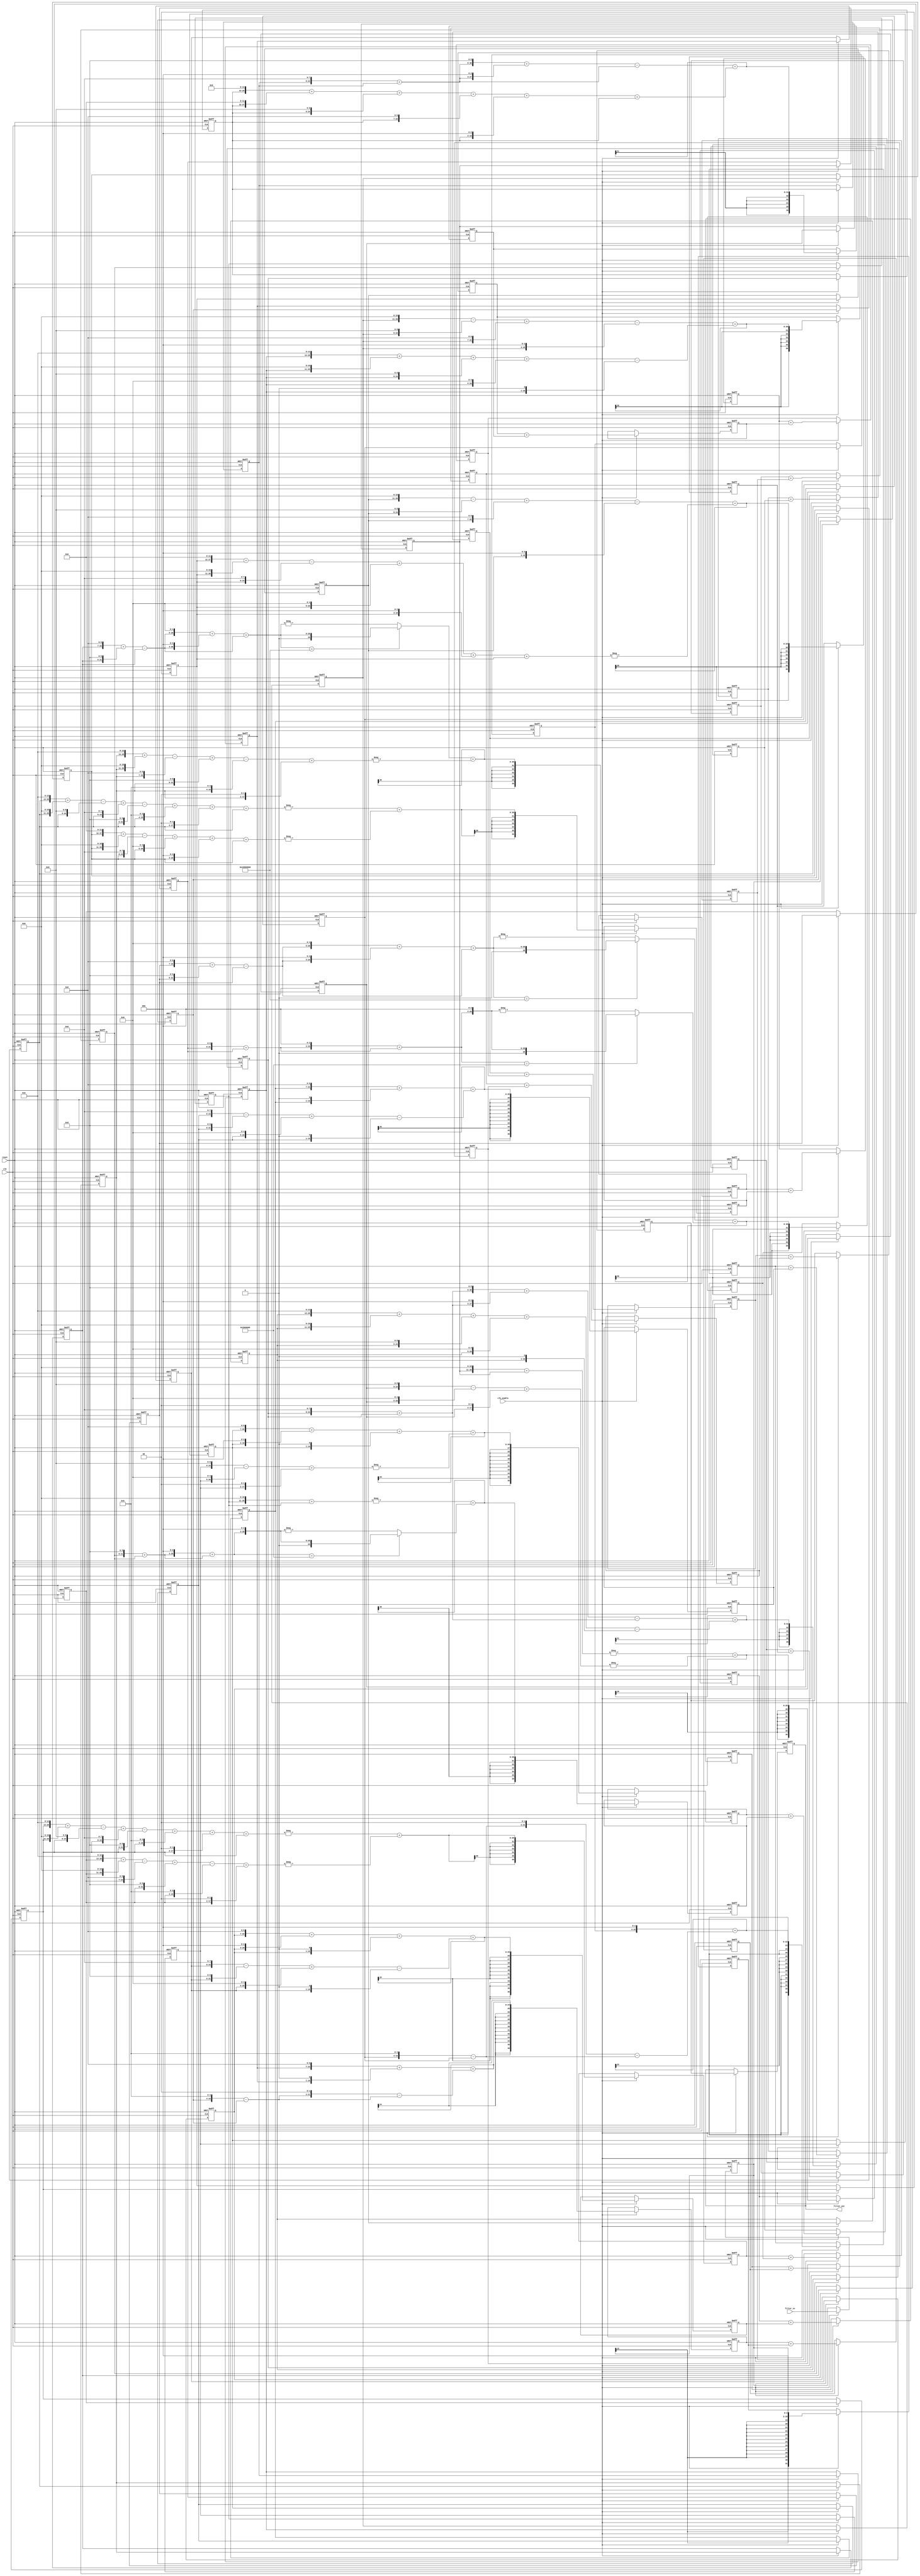
// -------------------------------------------------------------
//
// Module: fir_30_16b_fcsd
// Generated by MATLAB(R) 9.12 and Filter Design HDL Coder 3.1.11.
// Generated on: 2023-06-22 12:05:57
// -------------------------------------------------------------

// -------------------------------------------------------------
// HDL Code Generation Options:
//
// CoeffMultipliers: Factored-CSD
// FIRAdderStyle: tree
// OptimizeForHDL: on
// TargetDirectory: W:\Nikos\UTh\ \Project\FIR_30_Order\factored_csd\16b_fixed_point
// AddPipelineRegisters: on
// Name: fir_30_16b_fcsd
// InputDataType: numerictype(1,16,0)
// TargetLanguage: Verilog
// TestBenchName: fir_30_16b_fcsd_tb
// TestBenchStimulus: impulse step ramp chirp noise 

// Filter Specifications:
//
// Sample Rate     : 46 kHz
// Response        : Lowpass
// Specification   : N,Fp,Fst,Ap
// Stopband Edge   : 9.6 kHz
// Filter Order    : 30
// Passband Edge   : 8 kHz
// Passband Ripple : 60 dB
// -------------------------------------------------------------

// -------------------------------------------------------------
// HDL Implementation    : Fully parallel
// Folding Factor        : 1
// -------------------------------------------------------------
// Filter Settings:
//
// Discrete-Time FIR Filter (real)
// -------------------------------
// Filter Structure  : Direct-Form FIR
// Filter Length     : 31
// Stable            : Yes
// Linear Phase      : Yes (Type 1)
// Arithmetic        : fixed
// Numerator         : s16,16 -> [-5.000000e-01 5.000000e-01)
// -------------------------------------------------------------




`timescale 1 ns / 1 ns

module fir_30_16b_fcsd
               (
                clk,
                clk_enable,
                reset,
                filter_in,
                filter_out
                );

  input   clk; 
  input   clk_enable; 
  input   reset; 
  input   signed [15:0] filter_in; //sfix16
  output  signed [36:0] filter_out; //sfix37_En16

////////////////////////////////////////////////////////////////
//Module Architecture: fir_30_16b_fcsd
////////////////////////////////////////////////////////////////
  // Local Functions
  // Type Definitions
  // Constants
  parameter signed [15:0] coeff1 = 16'b0000000000001000; //sfix16_En16
  parameter signed [15:0] coeff2 = 16'b0000000000101101; //sfix16_En16
  parameter signed [15:0] coeff3 = 16'b0000000010000010; //sfix16_En16
  parameter signed [15:0] coeff4 = 16'b0000000011011110; //sfix16_En16
  parameter signed [15:0] coeff5 = 16'b0000000010001010; //sfix16_En16
  parameter signed [15:0] coeff6 = 16'b1111111000011100; //sfix16_En16
  parameter signed [15:0] coeff7 = 16'b1111011111111111; //sfix16_En16
  parameter signed [15:0] coeff8 = 16'b1110110110111000; //sfix16_En16
  parameter signed [15:0] coeff9 = 16'b1110000101101001; //sfix16_En16
  parameter signed [15:0] coeff10 = 16'b1101100001001100; //sfix16_En16
  parameter signed [15:0] coeff11 = 16'b1101100100101011; //sfix16_En16
  parameter signed [15:0] coeff12 = 16'b1110100011010111; //sfix16_En16
  parameter signed [15:0] coeff13 = 16'b0000011001111000; //sfix16_En16
  parameter signed [15:0] coeff14 = 16'b0010101000011110; //sfix16_En16
  parameter signed [15:0] coeff15 = 16'b0100011101000111; //sfix16_En16
  parameter signed [15:0] coeff16 = 16'b0101001010001001; //sfix16_En16
  parameter signed [15:0] coeff17 = 16'b0100011101000111; //sfix16_En16
  parameter signed [15:0] coeff18 = 16'b0010101000011110; //sfix16_En16
  parameter signed [15:0] coeff19 = 16'b0000011001111000; //sfix16_En16
  parameter signed [15:0] coeff20 = 16'b1110100011010111; //sfix16_En16
  parameter signed [15:0] coeff21 = 16'b1101100100101011; //sfix16_En16
  parameter signed [15:0] coeff22 = 16'b1101100001001100; //sfix16_En16
  parameter signed [15:0] coeff23 = 16'b1110000101101001; //sfix16_En16
  parameter signed [15:0] coeff24 = 16'b1110110110111000; //sfix16_En16
  parameter signed [15:0] coeff25 = 16'b1111011111111111; //sfix16_En16
  parameter signed [15:0] coeff26 = 16'b1111111000011100; //sfix16_En16
  parameter signed [15:0] coeff27 = 16'b0000000010001010; //sfix16_En16
  parameter signed [15:0] coeff28 = 16'b0000000011011110; //sfix16_En16
  parameter signed [15:0] coeff29 = 16'b0000000010000010; //sfix16_En16
  parameter signed [15:0] coeff30 = 16'b0000000000101101; //sfix16_En16
  parameter signed [15:0] coeff31 = 16'b0000000000001000; //sfix16_En16

  // Signals
  reg  signed [15:0] delay_pipeline [0:30] ; // sfix16
  wire signed [31:0] product31; // sfix32_En16
  wire signed [31:0] product30; // sfix32_En16
  wire signed [19:0] factoredcsd_temp; // sfix20_En4
  wire signed [20:0] mulcsd_temp; // sfix21_En4
  wire signed [21:0] factoredcsd_temp_1; // sfix22_En6
  wire signed [22:0] mulcsd_temp_1; // sfix23_En6
  wire signed [21:0] factoredcsd_temp_2; // sfix22_En16
  wire signed [31:0] product29; // sfix32_En16
  wire signed [23:0] mulcsd_temp_2; // sfix24_En16
  wire signed [31:0] product28; // sfix32_En16
  wire signed [24:0] mulcsd_temp_3; // sfix25_En16
  wire signed [31:0] product27; // sfix32_En16
  wire signed [23:0] mulcsd_temp_4; // sfix24_En16
  wire signed [31:0] product26; // sfix32_En16
  wire signed [25:0] mulcsd_temp_5; // sfix26_En16
  wire signed [31:0] product25; // sfix32_En16
  wire signed [27:0] mulcsd_temp_6; // sfix28_En16
  wire signed [31:0] product24; // sfix32_En16
  wire signed [22:0] factoredcsd_temp_3; // sfix23_En7
  wire signed [22:0] mulcsd_temp_7; // sfix23_En7
  wire signed [26:0] factoredcsd_temp_4; // sfix27_En11
  wire signed [26:0] mulcsd_temp_8; // sfix27_En11
  wire signed [28:0] factoredcsd_temp_5; // sfix29_En16
  wire signed [29:0] unaryminus_temp; // sfix30_En16
  wire signed [31:0] product23; // sfix32_En16
  wire signed [23:0] factoredcsd_temp_6; // sfix24_En8
  wire signed [23:0] mulcsd_temp_9; // sfix24_En8
  wire signed [28:0] factoredcsd_temp_7; // sfix29_En14
  wire signed [29:0] mulcsd_temp_10; // sfix30_En14
  wire signed [28:0] factoredcsd_temp_8; // sfix29_En16
  wire signed [29:0] unaryminus_temp_1; // sfix30_En16
  wire signed [31:0] product22; // sfix32_En16
  wire signed [29:0] mulcsd_temp_11; // sfix30_En16
  wire signed [31:0] product21; // sfix32_En16
  wire signed [29:0] mulcsd_temp_12; // sfix30_En16
  wire signed [31:0] product20; // sfix32_En16
  wire signed [28:0] mulcsd_temp_13; // sfix29_En16
  wire signed [31:0] product19; // sfix32_En16
  wire signed [27:0] mulcsd_temp_14; // sfix28_En16
  wire signed [31:0] product18; // sfix32_En16
  wire signed [29:0] mulcsd_temp_15; // sfix30_En16
  wire signed [31:0] product17; // sfix32_En16
  wire signed [24:0] factoredcsd_temp_9; // sfix25_En9
  wire signed [24:0] mulcsd_temp_16; // sfix25_En9
  wire signed [30:0] factoredcsd_temp_10; // sfix31_En16
  wire signed [31:0] mulcsd_temp_17; // sfix32_En16
  wire signed [30:0] factoredcsd_temp_11; // sfix31_En16
  wire signed [31:0] product16; // sfix32_En16
  wire signed [30:0] mulcsd_temp_18; // sfix31_En16
  wire signed [31:0] product15; // sfix32_En16
  wire signed [24:0] factoredcsd_temp_12; // sfix25_En9
  wire signed [24:0] mulcsd_temp_19; // sfix25_En9
  wire signed [30:0] factoredcsd_temp_13; // sfix31_En16
  wire signed [31:0] mulcsd_temp_20; // sfix32_En16
  wire signed [30:0] factoredcsd_temp_14; // sfix31_En16
  wire signed [31:0] product14; // sfix32_En16
  wire signed [29:0] mulcsd_temp_21; // sfix30_En16
  wire signed [31:0] product13; // sfix32_En16
  wire signed [27:0] mulcsd_temp_22; // sfix28_En16
  wire signed [31:0] product12; // sfix32_En16
  wire signed [28:0] mulcsd_temp_23; // sfix29_En16
  wire signed [31:0] product11; // sfix32_En16
  wire signed [29:0] mulcsd_temp_24; // sfix30_En16
  wire signed [31:0] product10; // sfix32_En16
  wire signed [29:0] mulcsd_temp_25; // sfix30_En16
  wire signed [31:0] product9; // sfix32_En16
  wire signed [23:0] factoredcsd_temp_15; // sfix24_En8
  wire signed [23:0] mulcsd_temp_26; // sfix24_En8
  wire signed [28:0] factoredcsd_temp_16; // sfix29_En14
  wire signed [29:0] mulcsd_temp_27; // sfix30_En14
  wire signed [28:0] factoredcsd_temp_17; // sfix29_En16
  wire signed [29:0] unaryminus_temp_2; // sfix30_En16
  wire signed [31:0] product8; // sfix32_En16
  wire signed [22:0] factoredcsd_temp_18; // sfix23_En7
  wire signed [22:0] mulcsd_temp_28; // sfix23_En7
  wire signed [26:0] factoredcsd_temp_19; // sfix27_En11
  wire signed [26:0] mulcsd_temp_29; // sfix27_En11
  wire signed [28:0] factoredcsd_temp_20; // sfix29_En16
  wire signed [29:0] unaryminus_temp_3; // sfix30_En16
  wire signed [31:0] product7; // sfix32_En16
  wire signed [27:0] mulcsd_temp_30; // sfix28_En16
  wire signed [31:0] product6; // sfix32_En16
  wire signed [25:0] mulcsd_temp_31; // sfix26_En16
  wire signed [31:0] product5; // sfix32_En16
  wire signed [23:0] mulcsd_temp_32; // sfix24_En16
  wire signed [31:0] product4; // sfix32_En16
  wire signed [24:0] mulcsd_temp_33; // sfix25_En16
  wire signed [31:0] product3; // sfix32_En16
  wire signed [23:0] mulcsd_temp_34; // sfix24_En16
  wire signed [31:0] product2; // sfix32_En16
  wire signed [19:0] factoredcsd_temp_21; // sfix20_En4
  wire signed [20:0] mulcsd_temp_35; // sfix21_En4
  wire signed [21:0] factoredcsd_temp_22; // sfix22_En6
  wire signed [22:0] mulcsd_temp_36; // sfix23_En6
  wire signed [21:0] factoredcsd_temp_23; // sfix22_En16
  wire signed [31:0] product1; // sfix32_En16
  wire signed [36:0] sum_final; // sfix37_En16
  wire signed [36:0] sum1_1; // sfix37_En16
  wire signed [31:0] add_signext; // sfix32_En16
  wire signed [31:0] add_signext_1; // sfix32_En16
  wire signed [32:0] add_temp; // sfix33_En16
  reg  signed [36:0] sumpipe1_1; // sfix37_En16
  wire signed [36:0] sum1_2; // sfix37_En16
  wire signed [31:0] add_signext_2; // sfix32_En16
  wire signed [31:0] add_signext_3; // sfix32_En16
  wire signed [32:0] add_temp_1; // sfix33_En16
  reg  signed [36:0] sumpipe1_2; // sfix37_En16
  wire signed [36:0] sum1_3; // sfix37_En16
  wire signed [31:0] add_signext_4; // sfix32_En16
  wire signed [31:0] add_signext_5; // sfix32_En16
  wire signed [32:0] add_temp_2; // sfix33_En16
  reg  signed [36:0] sumpipe1_3; // sfix37_En16
  wire signed [36:0] sum1_4; // sfix37_En16
  wire signed [31:0] add_signext_6; // sfix32_En16
  wire signed [31:0] add_signext_7; // sfix32_En16
  wire signed [32:0] add_temp_3; // sfix33_En16
  reg  signed [36:0] sumpipe1_4; // sfix37_En16
  wire signed [36:0] sum1_5; // sfix37_En16
  wire signed [31:0] add_signext_8; // sfix32_En16
  wire signed [31:0] add_signext_9; // sfix32_En16
  wire signed [32:0] add_temp_4; // sfix33_En16
  reg  signed [36:0] sumpipe1_5; // sfix37_En16
  wire signed [36:0] sum1_6; // sfix37_En16
  wire signed [31:0] add_signext_10; // sfix32_En16
  wire signed [31:0] add_signext_11; // sfix32_En16
  wire signed [32:0] add_temp_5; // sfix33_En16
  reg  signed [36:0] sumpipe1_6; // sfix37_En16
  wire signed [36:0] sum1_7; // sfix37_En16
  wire signed [31:0] add_signext_12; // sfix32_En16
  wire signed [31:0] add_signext_13; // sfix32_En16
  wire signed [32:0] add_temp_6; // sfix33_En16
  reg  signed [36:0] sumpipe1_7; // sfix37_En16
  wire signed [36:0] sum1_8; // sfix37_En16
  wire signed [31:0] add_signext_14; // sfix32_En16
  wire signed [31:0] add_signext_15; // sfix32_En16
  wire signed [32:0] add_temp_7; // sfix33_En16
  reg  signed [36:0] sumpipe1_8; // sfix37_En16
  wire signed [36:0] sum1_9; // sfix37_En16
  wire signed [31:0] add_signext_16; // sfix32_En16
  wire signed [31:0] add_signext_17; // sfix32_En16
  wire signed [32:0] add_temp_8; // sfix33_En16
  reg  signed [36:0] sumpipe1_9; // sfix37_En16
  wire signed [36:0] sum1_10; // sfix37_En16
  wire signed [31:0] add_signext_18; // sfix32_En16
  wire signed [31:0] add_signext_19; // sfix32_En16
  wire signed [32:0] add_temp_9; // sfix33_En16
  reg  signed [36:0] sumpipe1_10; // sfix37_En16
  wire signed [36:0] sum1_11; // sfix37_En16
  wire signed [31:0] add_signext_20; // sfix32_En16
  wire signed [31:0] add_signext_21; // sfix32_En16
  wire signed [32:0] add_temp_10; // sfix33_En16
  reg  signed [36:0] sumpipe1_11; // sfix37_En16
  wire signed [36:0] sum1_12; // sfix37_En16
  wire signed [31:0] add_signext_22; // sfix32_En16
  wire signed [31:0] add_signext_23; // sfix32_En16
  wire signed [32:0] add_temp_11; // sfix33_En16
  reg  signed [36:0] sumpipe1_12; // sfix37_En16
  wire signed [36:0] sum1_13; // sfix37_En16
  wire signed [31:0] add_signext_24; // sfix32_En16
  wire signed [31:0] add_signext_25; // sfix32_En16
  wire signed [32:0] add_temp_12; // sfix33_En16
  reg  signed [36:0] sumpipe1_13; // sfix37_En16
  wire signed [36:0] sum1_14; // sfix37_En16
  wire signed [31:0] add_signext_26; // sfix32_En16
  wire signed [31:0] add_signext_27; // sfix32_En16
  wire signed [32:0] add_temp_13; // sfix33_En16
  reg  signed [36:0] sumpipe1_14; // sfix37_En16
  wire signed [36:0] sum1_15; // sfix37_En16
  wire signed [31:0] add_signext_28; // sfix32_En16
  wire signed [31:0] add_signext_29; // sfix32_En16
  wire signed [32:0] add_temp_14; // sfix33_En16
  reg  signed [36:0] sumpipe1_15; // sfix37_En16
  reg  signed [31:0] sumpipe1_16; // sfix32_En16
  wire signed [36:0] sum2_1; // sfix37_En16
  wire signed [36:0] add_signext_30; // sfix37_En16
  wire signed [36:0] add_signext_31; // sfix37_En16
  wire signed [37:0] add_temp_15; // sfix38_En16
  reg  signed [36:0] sumpipe2_1; // sfix37_En16
  wire signed [36:0] sum2_2; // sfix37_En16
  wire signed [36:0] add_signext_32; // sfix37_En16
  wire signed [36:0] add_signext_33; // sfix37_En16
  wire signed [37:0] add_temp_16; // sfix38_En16
  reg  signed [36:0] sumpipe2_2; // sfix37_En16
  wire signed [36:0] sum2_3; // sfix37_En16
  wire signed [36:0] add_signext_34; // sfix37_En16
  wire signed [36:0] add_signext_35; // sfix37_En16
  wire signed [37:0] add_temp_17; // sfix38_En16
  reg  signed [36:0] sumpipe2_3; // sfix37_En16
  wire signed [36:0] sum2_4; // sfix37_En16
  wire signed [36:0] add_signext_36; // sfix37_En16
  wire signed [36:0] add_signext_37; // sfix37_En16
  wire signed [37:0] add_temp_18; // sfix38_En16
  reg  signed [36:0] sumpipe2_4; // sfix37_En16
  wire signed [36:0] sum2_5; // sfix37_En16
  wire signed [36:0] add_signext_38; // sfix37_En16
  wire signed [36:0] add_signext_39; // sfix37_En16
  wire signed [37:0] add_temp_19; // sfix38_En16
  reg  signed [36:0] sumpipe2_5; // sfix37_En16
  wire signed [36:0] sum2_6; // sfix37_En16
  wire signed [36:0] add_signext_40; // sfix37_En16
  wire signed [36:0] add_signext_41; // sfix37_En16
  wire signed [37:0] add_temp_20; // sfix38_En16
  reg  signed [36:0] sumpipe2_6; // sfix37_En16
  wire signed [36:0] sum2_7; // sfix37_En16
  wire signed [36:0] add_signext_42; // sfix37_En16
  wire signed [36:0] add_signext_43; // sfix37_En16
  wire signed [37:0] add_temp_21; // sfix38_En16
  reg  signed [36:0] sumpipe2_7; // sfix37_En16
  wire signed [36:0] sum2_8; // sfix37_En16
  wire signed [36:0] add_signext_44; // sfix37_En16
  wire signed [36:0] add_signext_45; // sfix37_En16
  wire signed [37:0] add_temp_22; // sfix38_En16
  reg  signed [36:0] sumpipe2_8; // sfix37_En16
  wire signed [36:0] sum3_1; // sfix37_En16
  wire signed [36:0] add_signext_46; // sfix37_En16
  wire signed [36:0] add_signext_47; // sfix37_En16
  wire signed [37:0] add_temp_23; // sfix38_En16
  reg  signed [36:0] sumpipe3_1; // sfix37_En16
  wire signed [36:0] sum3_2; // sfix37_En16
  wire signed [36:0] add_signext_48; // sfix37_En16
  wire signed [36:0] add_signext_49; // sfix37_En16
  wire signed [37:0] add_temp_24; // sfix38_En16
  reg  signed [36:0] sumpipe3_2; // sfix37_En16
  wire signed [36:0] sum3_3; // sfix37_En16
  wire signed [36:0] add_signext_50; // sfix37_En16
  wire signed [36:0] add_signext_51; // sfix37_En16
  wire signed [37:0] add_temp_25; // sfix38_En16
  reg  signed [36:0] sumpipe3_3; // sfix37_En16
  wire signed [36:0] sum3_4; // sfix37_En16
  wire signed [36:0] add_signext_52; // sfix37_En16
  wire signed [36:0] add_signext_53; // sfix37_En16
  wire signed [37:0] add_temp_26; // sfix38_En16
  reg  signed [36:0] sumpipe3_4; // sfix37_En16
  wire signed [36:0] sum4_1; // sfix37_En16
  wire signed [36:0] add_signext_54; // sfix37_En16
  wire signed [36:0] add_signext_55; // sfix37_En16
  wire signed [37:0] add_temp_27; // sfix38_En16
  reg  signed [36:0] sumpipe4_1; // sfix37_En16
  wire signed [36:0] sum4_2; // sfix37_En16
  wire signed [36:0] add_signext_56; // sfix37_En16
  wire signed [36:0] add_signext_57; // sfix37_En16
  wire signed [37:0] add_temp_28; // sfix38_En16
  reg  signed [36:0] sumpipe4_2; // sfix37_En16
  wire signed [36:0] sum5_1; // sfix37_En16
  wire signed [36:0] add_signext_58; // sfix37_En16
  wire signed [36:0] add_signext_59; // sfix37_En16
  wire signed [37:0] add_temp_29; // sfix38_En16
  reg  signed [36:0] sumpipe5_1; // sfix37_En16
  reg  signed [36:0] output_register; // sfix37_En16

  // Block Statements
  always @( posedge clk or posedge reset)
    begin: Delay_Pipeline_process
      if (reset == 1'b1) begin
        delay_pipeline[0] <= 0;
        delay_pipeline[1] <= 0;
        delay_pipeline[2] <= 0;
        delay_pipeline[3] <= 0;
        delay_pipeline[4] <= 0;
        delay_pipeline[5] <= 0;
        delay_pipeline[6] <= 0;
        delay_pipeline[7] <= 0;
        delay_pipeline[8] <= 0;
        delay_pipeline[9] <= 0;
        delay_pipeline[10] <= 0;
        delay_pipeline[11] <= 0;
        delay_pipeline[12] <= 0;
        delay_pipeline[13] <= 0;
        delay_pipeline[14] <= 0;
        delay_pipeline[15] <= 0;
        delay_pipeline[16] <= 0;
        delay_pipeline[17] <= 0;
        delay_pipeline[18] <= 0;
        delay_pipeline[19] <= 0;
        delay_pipeline[20] <= 0;
        delay_pipeline[21] <= 0;
        delay_pipeline[22] <= 0;
        delay_pipeline[23] <= 0;
        delay_pipeline[24] <= 0;
        delay_pipeline[25] <= 0;
        delay_pipeline[26] <= 0;
        delay_pipeline[27] <= 0;
        delay_pipeline[28] <= 0;
        delay_pipeline[29] <= 0;
        delay_pipeline[30] <= 0;
      end
      else begin
        if (clk_enable == 1'b1) begin
          delay_pipeline[0] <= filter_in;
          delay_pipeline[1] <= delay_pipeline[0];
          delay_pipeline[2] <= delay_pipeline[1];
          delay_pipeline[3] <= delay_pipeline[2];
          delay_pipeline[4] <= delay_pipeline[3];
          delay_pipeline[5] <= delay_pipeline[4];
          delay_pipeline[6] <= delay_pipeline[5];
          delay_pipeline[7] <= delay_pipeline[6];
          delay_pipeline[8] <= delay_pipeline[7];
          delay_pipeline[9] <= delay_pipeline[8];
          delay_pipeline[10] <= delay_pipeline[9];
          delay_pipeline[11] <= delay_pipeline[10];
          delay_pipeline[12] <= delay_pipeline[11];
          delay_pipeline[13] <= delay_pipeline[12];
          delay_pipeline[14] <= delay_pipeline[13];
          delay_pipeline[15] <= delay_pipeline[14];
          delay_pipeline[16] <= delay_pipeline[15];
          delay_pipeline[17] <= delay_pipeline[16];
          delay_pipeline[18] <= delay_pipeline[17];
          delay_pipeline[19] <= delay_pipeline[18];
          delay_pipeline[20] <= delay_pipeline[19];
          delay_pipeline[21] <= delay_pipeline[20];
          delay_pipeline[22] <= delay_pipeline[21];
          delay_pipeline[23] <= delay_pipeline[22];
          delay_pipeline[24] <= delay_pipeline[23];
          delay_pipeline[25] <= delay_pipeline[24];
          delay_pipeline[26] <= delay_pipeline[25];
          delay_pipeline[27] <= delay_pipeline[26];
          delay_pipeline[28] <= delay_pipeline[27];
          delay_pipeline[29] <= delay_pipeline[28];
          delay_pipeline[30] <= delay_pipeline[29];
        end
      end
    end // Delay_Pipeline_process


  assign product31 = $signed({delay_pipeline[30][15:0], 3'b000});

// For FCSD of 45, using factorization: 15 3 
// 
  assign mulcsd_temp = 
        $signed({delay_pipeline[29], 4'b0000}) -
        delay_pipeline[29];
  assign factoredcsd_temp = mulcsd_temp[19:0];

  assign mulcsd_temp_1 = 
        $signed({factoredcsd_temp, 2'b00}) -
        factoredcsd_temp;
  assign factoredcsd_temp_1 = mulcsd_temp_1[21:0];

  assign factoredcsd_temp_2 = factoredcsd_temp_1;

  assign product30 = $signed({{10{factoredcsd_temp_2[21]}}, factoredcsd_temp_2});

// For FCSD of 130, optimizing to CSD due to lower cost
  assign mulcsd_temp_2 = 
        $signed({delay_pipeline[28], 7'b0000000}) +
        $signed({delay_pipeline[28], 1'b0});
  assign product29 = $signed({{8{mulcsd_temp_2[23]}}, mulcsd_temp_2});

// For FCSD of 222, optimizing to CSD due to lower cost
  assign mulcsd_temp_3 = 
        $signed({delay_pipeline[27], 8'b00000000}) -
        $signed({delay_pipeline[27], 6'b000000}) +
        $signed({delay_pipeline[27], 5'b00000}) -
        $signed({delay_pipeline[27], 1'b0});
  assign product28 = $signed({{7{mulcsd_temp_3[24]}}, mulcsd_temp_3});

// For FCSD of 138, optimizing to CSD due to lower cost
  assign mulcsd_temp_4 = 
        $signed({delay_pipeline[26], 7'b0000000}) +
        $signed({delay_pipeline[26], 3'b000}) +
        $signed({delay_pipeline[26], 1'b0});
  assign product27 = $signed({{8{mulcsd_temp_4[23]}}, mulcsd_temp_4});

// For FCSD of -484, optimizing to CSD due to lower cost
  assign mulcsd_temp_5 = - (
        $signed({delay_pipeline[25], 9'b000000000}) -
        $signed({delay_pipeline[25], 5'b00000}) +
        $signed({delay_pipeline[25], 2'b00}));
  assign product26 = $signed({{6{mulcsd_temp_5[25]}}, mulcsd_temp_5});

// For FCSD of -2049, optimizing to CSD due to lower cost
  assign mulcsd_temp_6 = - (
        $signed({delay_pipeline[24], 11'b00000000000}) +
        delay_pipeline[24]);
  assign product25 = $signed({{4{mulcsd_temp_6[27]}}, mulcsd_temp_6});

// For FCSD of -4680, using factorization: 65 9 2 2 2 
// 
  assign mulcsd_temp_7 = 
        $signed({delay_pipeline[23], 6'b000000}) +
        delay_pipeline[23];
  assign factoredcsd_temp_3 = mulcsd_temp_7;

  assign mulcsd_temp_8 = 
        $signed({factoredcsd_temp_3, 3'b000}) +
        factoredcsd_temp_3;
  assign factoredcsd_temp_4 = mulcsd_temp_8;

  assign factoredcsd_temp_5 = $signed({factoredcsd_temp_4[25:0], 3'b000});

  assign unaryminus_temp = (factoredcsd_temp_5==29'b10000000000000000000000000000) ? $signed({1'b0, factoredcsd_temp_5}) : -factoredcsd_temp_5;
  assign product24 = $signed({{2{unaryminus_temp[29]}}, unaryminus_temp});

// For FCSD of -7831, using factorization: 191 41 
// 
  assign mulcsd_temp_9 = 
        $signed({delay_pipeline[22], 7'b0000000}) +
        $signed({delay_pipeline[22], 6'b000000}) -
        delay_pipeline[22];
  assign factoredcsd_temp_6 = mulcsd_temp_9;

  assign mulcsd_temp_10 = 
        $signed({factoredcsd_temp_6, 5'b00000}) +
        $signed({factoredcsd_temp_6, 3'b000}) +
        factoredcsd_temp_6;
  assign factoredcsd_temp_7 = mulcsd_temp_10[28:0];

  assign factoredcsd_temp_8 = factoredcsd_temp_7;

  assign unaryminus_temp_1 = (factoredcsd_temp_8==29'b10000000000000000000000000000) ? $signed({1'b0, factoredcsd_temp_8}) : -factoredcsd_temp_8;
  assign product23 = $signed({{2{unaryminus_temp_1[29]}}, unaryminus_temp_1});

// For FCSD of -10164, optimizing to CSD due to lower cost
  assign mulcsd_temp_11 = - (
        $signed({delay_pipeline[21], 13'b0000000000000}) +
        $signed({delay_pipeline[21], 11'b00000000000}) -
        $signed({delay_pipeline[21], 7'b0000000}) +
        $signed({delay_pipeline[21], 6'b000000}) -
        $signed({delay_pipeline[21], 4'b0000}) +
        $signed({delay_pipeline[21], 2'b00}));
  assign product22 = $signed({{2{mulcsd_temp_11[29]}}, mulcsd_temp_11});

// For FCSD of -9941, optimizing to CSD due to lower cost
  assign mulcsd_temp_12 = - (
        $signed({delay_pipeline[20], 13'b0000000000000}) +
        $signed({delay_pipeline[20], 11'b00000000000}) -
        $signed({delay_pipeline[20], 9'b000000000}) +
        $signed({delay_pipeline[20], 8'b00000000}) -
        $signed({delay_pipeline[20], 6'b000000}) +
        $signed({delay_pipeline[20], 4'b0000}) +
        $signed({delay_pipeline[20], 2'b00}) +
        delay_pipeline[20]);
  assign product21 = $signed({{2{mulcsd_temp_12[29]}}, mulcsd_temp_12});

// For FCSD of -5929, optimizing to CSD due to lower cost
  assign mulcsd_temp_13 = - (
        $signed({delay_pipeline[19], 12'b000000000000}) +
        $signed({delay_pipeline[19], 11'b00000000000}) -
        $signed({delay_pipeline[19], 8'b00000000}) +
        $signed({delay_pipeline[19], 5'b00000}) +
        $signed({delay_pipeline[19], 3'b000}) +
        delay_pipeline[19]);
  assign product20 = $signed({{3{mulcsd_temp_13[28]}}, mulcsd_temp_13});

// For FCSD of 1656, optimizing to CSD due to lower cost
  assign mulcsd_temp_14 = 
        $signed({delay_pipeline[18], 11'b00000000000}) -
        $signed({delay_pipeline[18], 9'b000000000}) +
        $signed({delay_pipeline[18], 7'b0000000}) -
        $signed({delay_pipeline[18], 3'b000});
  assign product19 = $signed({{4{mulcsd_temp_14[27]}}, mulcsd_temp_14});

// For FCSD of 10782, optimizing to CSD due to lower cost
  assign mulcsd_temp_15 = 
        $signed({delay_pipeline[17], 13'b0000000000000}) +
        $signed({delay_pipeline[17], 11'b00000000000}) +
        $signed({delay_pipeline[17], 9'b000000000}) +
        $signed({delay_pipeline[17], 5'b00000}) -
        $signed({delay_pipeline[17], 1'b0});
  assign product18 = $signed({{2{mulcsd_temp_15[29]}}, mulcsd_temp_15});

// For FCSD of 18247, using factorization: 257 71 
// 
  assign mulcsd_temp_16 = 
        $signed({delay_pipeline[16], 8'b00000000}) +
        delay_pipeline[16];
  assign factoredcsd_temp_9 = mulcsd_temp_16;

  assign mulcsd_temp_17 = 
        $signed({factoredcsd_temp_9, 6'b000000}) +
        $signed({factoredcsd_temp_9, 3'b000}) -
        factoredcsd_temp_9;
  assign factoredcsd_temp_10 = mulcsd_temp_17[30:0];

  assign factoredcsd_temp_11 = factoredcsd_temp_10;

  assign product17 = $signed({{1{factoredcsd_temp_11[30]}}, factoredcsd_temp_11});

// For FCSD of 21129, optimizing to CSD due to lower cost
  assign mulcsd_temp_18 = 
        $signed({delay_pipeline[15], 14'b00000000000000}) +
        $signed({delay_pipeline[15], 12'b000000000000}) +
        $signed({delay_pipeline[15], 9'b000000000}) +
        $signed({delay_pipeline[15], 7'b0000000}) +
        $signed({delay_pipeline[15], 3'b000}) +
        delay_pipeline[15];
  assign product16 = $signed({{1{mulcsd_temp_18[30]}}, mulcsd_temp_18});

// For FCSD of 18247, using factorization: 257 71 
// 
  assign mulcsd_temp_19 = 
        $signed({delay_pipeline[14], 8'b00000000}) +
        delay_pipeline[14];
  assign factoredcsd_temp_12 = mulcsd_temp_19;

  assign mulcsd_temp_20 = 
        $signed({factoredcsd_temp_12, 6'b000000}) +
        $signed({factoredcsd_temp_12, 3'b000}) -
        factoredcsd_temp_12;
  assign factoredcsd_temp_13 = mulcsd_temp_20[30:0];

  assign factoredcsd_temp_14 = factoredcsd_temp_13;

  assign product15 = $signed({{1{factoredcsd_temp_14[30]}}, factoredcsd_temp_14});

// For FCSD of 10782, optimizing to CSD due to lower cost
  assign mulcsd_temp_21 = 
        $signed({delay_pipeline[13], 13'b0000000000000}) +
        $signed({delay_pipeline[13], 11'b00000000000}) +
        $signed({delay_pipeline[13], 9'b000000000}) +
        $signed({delay_pipeline[13], 5'b00000}) -
        $signed({delay_pipeline[13], 1'b0});
  assign product14 = $signed({{2{mulcsd_temp_21[29]}}, mulcsd_temp_21});

// For FCSD of 1656, optimizing to CSD due to lower cost
  assign mulcsd_temp_22 = 
        $signed({delay_pipeline[12], 11'b00000000000}) -
        $signed({delay_pipeline[12], 9'b000000000}) +
        $signed({delay_pipeline[12], 7'b0000000}) -
        $signed({delay_pipeline[12], 3'b000});
  assign product13 = $signed({{4{mulcsd_temp_22[27]}}, mulcsd_temp_22});

// For FCSD of -5929, optimizing to CSD due to lower cost
  assign mulcsd_temp_23 = - (
        $signed({delay_pipeline[11], 12'b000000000000}) +
        $signed({delay_pipeline[11], 11'b00000000000}) -
        $signed({delay_pipeline[11], 8'b00000000}) +
        $signed({delay_pipeline[11], 5'b00000}) +
        $signed({delay_pipeline[11], 3'b000}) +
        delay_pipeline[11]);
  assign product12 = $signed({{3{mulcsd_temp_23[28]}}, mulcsd_temp_23});

// For FCSD of -9941, optimizing to CSD due to lower cost
  assign mulcsd_temp_24 = - (
        $signed({delay_pipeline[10], 13'b0000000000000}) +
        $signed({delay_pipeline[10], 11'b00000000000}) -
        $signed({delay_pipeline[10], 9'b000000000}) +
        $signed({delay_pipeline[10], 8'b00000000}) -
        $signed({delay_pipeline[10], 6'b000000}) +
        $signed({delay_pipeline[10], 4'b0000}) +
        $signed({delay_pipeline[10], 2'b00}) +
        delay_pipeline[10]);
  assign product11 = $signed({{2{mulcsd_temp_24[29]}}, mulcsd_temp_24});

// For FCSD of -10164, optimizing to CSD due to lower cost
  assign mulcsd_temp_25 = - (
        $signed({delay_pipeline[9], 13'b0000000000000}) +
        $signed({delay_pipeline[9], 11'b00000000000}) -
        $signed({delay_pipeline[9], 7'b0000000}) +
        $signed({delay_pipeline[9], 6'b000000}) -
        $signed({delay_pipeline[9], 4'b0000}) +
        $signed({delay_pipeline[9], 2'b00}));
  assign product10 = $signed({{2{mulcsd_temp_25[29]}}, mulcsd_temp_25});

// For FCSD of -7831, using factorization: 191 41 
// 
  assign mulcsd_temp_26 = 
        $signed({delay_pipeline[8], 7'b0000000}) +
        $signed({delay_pipeline[8], 6'b000000}) -
        delay_pipeline[8];
  assign factoredcsd_temp_15 = mulcsd_temp_26;

  assign mulcsd_temp_27 = 
        $signed({factoredcsd_temp_15, 5'b00000}) +
        $signed({factoredcsd_temp_15, 3'b000}) +
        factoredcsd_temp_15;
  assign factoredcsd_temp_16 = mulcsd_temp_27[28:0];

  assign factoredcsd_temp_17 = factoredcsd_temp_16;

  assign unaryminus_temp_2 = (factoredcsd_temp_17==29'b10000000000000000000000000000) ? $signed({1'b0, factoredcsd_temp_17}) : -factoredcsd_temp_17;
  assign product9 = $signed({{2{unaryminus_temp_2[29]}}, unaryminus_temp_2});

// For FCSD of -4680, using factorization: 65 9 2 2 2 
// 
  assign mulcsd_temp_28 = 
        $signed({delay_pipeline[7], 6'b000000}) +
        delay_pipeline[7];
  assign factoredcsd_temp_18 = mulcsd_temp_28;

  assign mulcsd_temp_29 = 
        $signed({factoredcsd_temp_18, 3'b000}) +
        factoredcsd_temp_18;
  assign factoredcsd_temp_19 = mulcsd_temp_29;

  assign factoredcsd_temp_20 = $signed({factoredcsd_temp_19[25:0], 3'b000});

  assign unaryminus_temp_3 = (factoredcsd_temp_20==29'b10000000000000000000000000000) ? $signed({1'b0, factoredcsd_temp_20}) : -factoredcsd_temp_20;
  assign product8 = $signed({{2{unaryminus_temp_3[29]}}, unaryminus_temp_3});

// For FCSD of -2049, optimizing to CSD due to lower cost
  assign mulcsd_temp_30 = - (
        $signed({delay_pipeline[6], 11'b00000000000}) +
        delay_pipeline[6]);
  assign product7 = $signed({{4{mulcsd_temp_30[27]}}, mulcsd_temp_30});

// For FCSD of -484, optimizing to CSD due to lower cost
  assign mulcsd_temp_31 = - (
        $signed({delay_pipeline[5], 9'b000000000}) -
        $signed({delay_pipeline[5], 5'b00000}) +
        $signed({delay_pipeline[5], 2'b00}));
  assign product6 = $signed({{6{mulcsd_temp_31[25]}}, mulcsd_temp_31});

// For FCSD of 138, optimizing to CSD due to lower cost
  assign mulcsd_temp_32 = 
        $signed({delay_pipeline[4], 7'b0000000}) +
        $signed({delay_pipeline[4], 3'b000}) +
        $signed({delay_pipeline[4], 1'b0});
  assign product5 = $signed({{8{mulcsd_temp_32[23]}}, mulcsd_temp_32});

// For FCSD of 222, optimizing to CSD due to lower cost
  assign mulcsd_temp_33 = 
        $signed({delay_pipeline[3], 8'b00000000}) -
        $signed({delay_pipeline[3], 6'b000000}) +
        $signed({delay_pipeline[3], 5'b00000}) -
        $signed({delay_pipeline[3], 1'b0});
  assign product4 = $signed({{7{mulcsd_temp_33[24]}}, mulcsd_temp_33});

// For FCSD of 130, optimizing to CSD due to lower cost
  assign mulcsd_temp_34 = 
        $signed({delay_pipeline[2], 7'b0000000}) +
        $signed({delay_pipeline[2], 1'b0});
  assign product3 = $signed({{8{mulcsd_temp_34[23]}}, mulcsd_temp_34});

// For FCSD of 45, using factorization: 15 3 
// 
  assign mulcsd_temp_35 = 
        $signed({delay_pipeline[1], 4'b0000}) -
        delay_pipeline[1];
  assign factoredcsd_temp_21 = mulcsd_temp_35[19:0];

  assign mulcsd_temp_36 = 
        $signed({factoredcsd_temp_21, 2'b00}) -
        factoredcsd_temp_21;
  assign factoredcsd_temp_22 = mulcsd_temp_36[21:0];

  assign factoredcsd_temp_23 = factoredcsd_temp_22;

  assign product2 = $signed({{10{factoredcsd_temp_23[21]}}, factoredcsd_temp_23});

  assign product1 = $signed({delay_pipeline[0][15:0], 3'b000});

  assign add_signext = product31;
  assign add_signext_1 = product30;
  assign add_temp = add_signext + add_signext_1;
  assign sum1_1 = $signed({{4{add_temp[32]}}, add_temp});

  assign add_signext_2 = product29;
  assign add_signext_3 = product28;
  assign add_temp_1 = add_signext_2 + add_signext_3;
  assign sum1_2 = $signed({{4{add_temp_1[32]}}, add_temp_1});

  assign add_signext_4 = product27;
  assign add_signext_5 = product26;
  assign add_temp_2 = add_signext_4 + add_signext_5;
  assign sum1_3 = $signed({{4{add_temp_2[32]}}, add_temp_2});

  assign add_signext_6 = product25;
  assign add_signext_7 = product24;
  assign add_temp_3 = add_signext_6 + add_signext_7;
  assign sum1_4 = $signed({{4{add_temp_3[32]}}, add_temp_3});

  assign add_signext_8 = product23;
  assign add_signext_9 = product22;
  assign add_temp_4 = add_signext_8 + add_signext_9;
  assign sum1_5 = $signed({{4{add_temp_4[32]}}, add_temp_4});

  assign add_signext_10 = product21;
  assign add_signext_11 = product20;
  assign add_temp_5 = add_signext_10 + add_signext_11;
  assign sum1_6 = $signed({{4{add_temp_5[32]}}, add_temp_5});

  assign add_signext_12 = product19;
  assign add_signext_13 = product18;
  assign add_temp_6 = add_signext_12 + add_signext_13;
  assign sum1_7 = $signed({{4{add_temp_6[32]}}, add_temp_6});

  assign add_signext_14 = product17;
  assign add_signext_15 = product16;
  assign add_temp_7 = add_signext_14 + add_signext_15;
  assign sum1_8 = $signed({{4{add_temp_7[32]}}, add_temp_7});

  assign add_signext_16 = product15;
  assign add_signext_17 = product14;
  assign add_temp_8 = add_signext_16 + add_signext_17;
  assign sum1_9 = $signed({{4{add_temp_8[32]}}, add_temp_8});

  assign add_signext_18 = product13;
  assign add_signext_19 = product12;
  assign add_temp_9 = add_signext_18 + add_signext_19;
  assign sum1_10 = $signed({{4{add_temp_9[32]}}, add_temp_9});

  assign add_signext_20 = product11;
  assign add_signext_21 = product10;
  assign add_temp_10 = add_signext_20 + add_signext_21;
  assign sum1_11 = $signed({{4{add_temp_10[32]}}, add_temp_10});

  assign add_signext_22 = product9;
  assign add_signext_23 = product8;
  assign add_temp_11 = add_signext_22 + add_signext_23;
  assign sum1_12 = $signed({{4{add_temp_11[32]}}, add_temp_11});

  assign add_signext_24 = product7;
  assign add_signext_25 = product6;
  assign add_temp_12 = add_signext_24 + add_signext_25;
  assign sum1_13 = $signed({{4{add_temp_12[32]}}, add_temp_12});

  assign add_signext_26 = product5;
  assign add_signext_27 = product4;
  assign add_temp_13 = add_signext_26 + add_signext_27;
  assign sum1_14 = $signed({{4{add_temp_13[32]}}, add_temp_13});

  assign add_signext_28 = product3;
  assign add_signext_29 = product2;
  assign add_temp_14 = add_signext_28 + add_signext_29;
  assign sum1_15 = $signed({{4{add_temp_14[32]}}, add_temp_14});

  always @ (posedge clk or posedge reset)
    begin: temp_process1
      if (reset == 1'b1) begin
        sumpipe1_1 <= 0;
        sumpipe1_2 <= 0;
        sumpipe1_3 <= 0;
        sumpipe1_4 <= 0;
        sumpipe1_5 <= 0;
        sumpipe1_6 <= 0;
        sumpipe1_7 <= 0;
        sumpipe1_8 <= 0;
        sumpipe1_9 <= 0;
        sumpipe1_10 <= 0;
        sumpipe1_11 <= 0;
        sumpipe1_12 <= 0;
        sumpipe1_13 <= 0;
        sumpipe1_14 <= 0;
        sumpipe1_15 <= 0;
        sumpipe1_16 <= 0;
      end
      else begin
        if (clk_enable == 1'b1) begin
          sumpipe1_1 <= sum1_1;
          sumpipe1_2 <= sum1_2;
          sumpipe1_3 <= sum1_3;
          sumpipe1_4 <= sum1_4;
          sumpipe1_5 <= sum1_5;
          sumpipe1_6 <= sum1_6;
          sumpipe1_7 <= sum1_7;
          sumpipe1_8 <= sum1_8;
          sumpipe1_9 <= sum1_9;
          sumpipe1_10 <= sum1_10;
          sumpipe1_11 <= sum1_11;
          sumpipe1_12 <= sum1_12;
          sumpipe1_13 <= sum1_13;
          sumpipe1_14 <= sum1_14;
          sumpipe1_15 <= sum1_15;
          sumpipe1_16 <= product1;
        end
      end
    end // temp_process1

  assign add_signext_30 = sumpipe1_1;
  assign add_signext_31 = sumpipe1_2;
  assign add_temp_15 = add_signext_30 + add_signext_31;
  assign sum2_1 = add_temp_15[36:0];

  assign add_signext_32 = sumpipe1_3;
  assign add_signext_33 = sumpipe1_4;
  assign add_temp_16 = add_signext_32 + add_signext_33;
  assign sum2_2 = add_temp_16[36:0];

  assign add_signext_34 = sumpipe1_5;
  assign add_signext_35 = sumpipe1_6;
  assign add_temp_17 = add_signext_34 + add_signext_35;
  assign sum2_3 = add_temp_17[36:0];

  assign add_signext_36 = sumpipe1_7;
  assign add_signext_37 = sumpipe1_8;
  assign add_temp_18 = add_signext_36 + add_signext_37;
  assign sum2_4 = add_temp_18[36:0];

  assign add_signext_38 = sumpipe1_9;
  assign add_signext_39 = sumpipe1_10;
  assign add_temp_19 = add_signext_38 + add_signext_39;
  assign sum2_5 = add_temp_19[36:0];

  assign add_signext_40 = sumpipe1_11;
  assign add_signext_41 = sumpipe1_12;
  assign add_temp_20 = add_signext_40 + add_signext_41;
  assign sum2_6 = add_temp_20[36:0];

  assign add_signext_42 = sumpipe1_13;
  assign add_signext_43 = sumpipe1_14;
  assign add_temp_21 = add_signext_42 + add_signext_43;
  assign sum2_7 = add_temp_21[36:0];

  assign add_signext_44 = sumpipe1_15;
  assign add_signext_45 = $signed({{5{sumpipe1_16[31]}}, sumpipe1_16});
  assign add_temp_22 = add_signext_44 + add_signext_45;
  assign sum2_8 = add_temp_22[36:0];

  always @ (posedge clk or posedge reset)
    begin: temp_process2
      if (reset == 1'b1) begin
        sumpipe2_1 <= 0;
        sumpipe2_2 <= 0;
        sumpipe2_3 <= 0;
        sumpipe2_4 <= 0;
        sumpipe2_5 <= 0;
        sumpipe2_6 <= 0;
        sumpipe2_7 <= 0;
        sumpipe2_8 <= 0;
      end
      else begin
        if (clk_enable == 1'b1) begin
          sumpipe2_1 <= sum2_1;
          sumpipe2_2 <= sum2_2;
          sumpipe2_3 <= sum2_3;
          sumpipe2_4 <= sum2_4;
          sumpipe2_5 <= sum2_5;
          sumpipe2_6 <= sum2_6;
          sumpipe2_7 <= sum2_7;
          sumpipe2_8 <= sum2_8;
        end
      end
    end // temp_process2

  assign add_signext_46 = sumpipe2_1;
  assign add_signext_47 = sumpipe2_2;
  assign add_temp_23 = add_signext_46 + add_signext_47;
  assign sum3_1 = add_temp_23[36:0];

  assign add_signext_48 = sumpipe2_3;
  assign add_signext_49 = sumpipe2_4;
  assign add_temp_24 = add_signext_48 + add_signext_49;
  assign sum3_2 = add_temp_24[36:0];

  assign add_signext_50 = sumpipe2_5;
  assign add_signext_51 = sumpipe2_6;
  assign add_temp_25 = add_signext_50 + add_signext_51;
  assign sum3_3 = add_temp_25[36:0];

  assign add_signext_52 = sumpipe2_7;
  assign add_signext_53 = sumpipe2_8;
  assign add_temp_26 = add_signext_52 + add_signext_53;
  assign sum3_4 = add_temp_26[36:0];

  always @ (posedge clk or posedge reset)
    begin: temp_process3
      if (reset == 1'b1) begin
        sumpipe3_1 <= 0;
        sumpipe3_2 <= 0;
        sumpipe3_3 <= 0;
        sumpipe3_4 <= 0;
      end
      else begin
        if (clk_enable == 1'b1) begin
          sumpipe3_1 <= sum3_1;
          sumpipe3_2 <= sum3_2;
          sumpipe3_3 <= sum3_3;
          sumpipe3_4 <= sum3_4;
        end
      end
    end // temp_process3

  assign add_signext_54 = sumpipe3_1;
  assign add_signext_55 = sumpipe3_2;
  assign add_temp_27 = add_signext_54 + add_signext_55;
  assign sum4_1 = add_temp_27[36:0];

  assign add_signext_56 = sumpipe3_3;
  assign add_signext_57 = sumpipe3_4;
  assign add_temp_28 = add_signext_56 + add_signext_57;
  assign sum4_2 = add_temp_28[36:0];

  always @ (posedge clk or posedge reset)
    begin: temp_process4
      if (reset == 1'b1) begin
        sumpipe4_1 <= 0;
        sumpipe4_2 <= 0;
      end
      else begin
        if (clk_enable == 1'b1) begin
          sumpipe4_1 <= sum4_1;
          sumpipe4_2 <= sum4_2;
        end
      end
    end // temp_process4

  assign add_signext_58 = sumpipe4_1;
  assign add_signext_59 = sumpipe4_2;
  assign add_temp_29 = add_signext_58 + add_signext_59;
  assign sum5_1 = add_temp_29[36:0];

  always @ (posedge clk or posedge reset)
    begin: temp_process5
      if (reset == 1'b1) begin
        sumpipe5_1 <= 0;
      end
      else begin
        if (clk_enable == 1'b1) begin
          sumpipe5_1 <= sum5_1;
        end
      end
    end // temp_process5

  assign sum_final = sumpipe5_1;

  always @ (posedge clk or posedge reset)
    begin: Output_Register_process
      if (reset == 1'b1) begin
        output_register <= 0;
      end
      else begin
        if (clk_enable == 1'b1) begin
          output_register <= sum_final;
        end
      end
    end // Output_Register_process

  // Assignment Statements
  assign filter_out = output_register;
endmodule  // fir_30_16b_fcsd